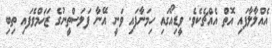
އެއްލާލާފައި އޮތް އެއްޗެކެވެ. ވީޑިއޯގައި ހިމަނާފައި ވަނީ އޭނާ ފަލަސްތީނުގެ ޒަޚަމްވެފައި ތިބި